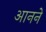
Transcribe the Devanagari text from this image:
आनने